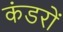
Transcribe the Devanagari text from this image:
कंडरों